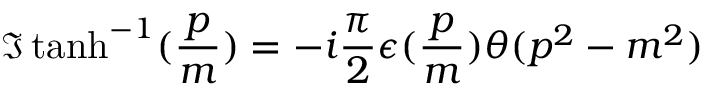
\Im \operatorname { t a n h } ^ { - 1 } ( \frac { p } { m } ) = - i \frac { \pi } { 2 } \epsilon ( \frac { p } { m } ) \theta ( p ^ { 2 } - m ^ { 2 } )